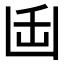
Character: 𭂻